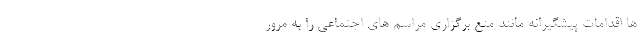
ها اقدامات پیشگیرانه مانند منع برگزاری مراسم های اجتماعی را به مرور